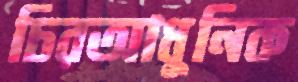
চিরআধুনিক